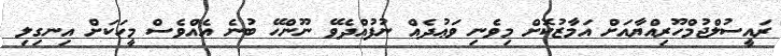
ރައީސުލްޖުމްހޫރިއްޔާއަށް އަމާޒުކޮށް މިވެނި ވަޢުދެއް ނުފުއްދެވޭ ނޫންހޭ ބުނެ އެއްވެސް މީހަކަށް އިނގިލި